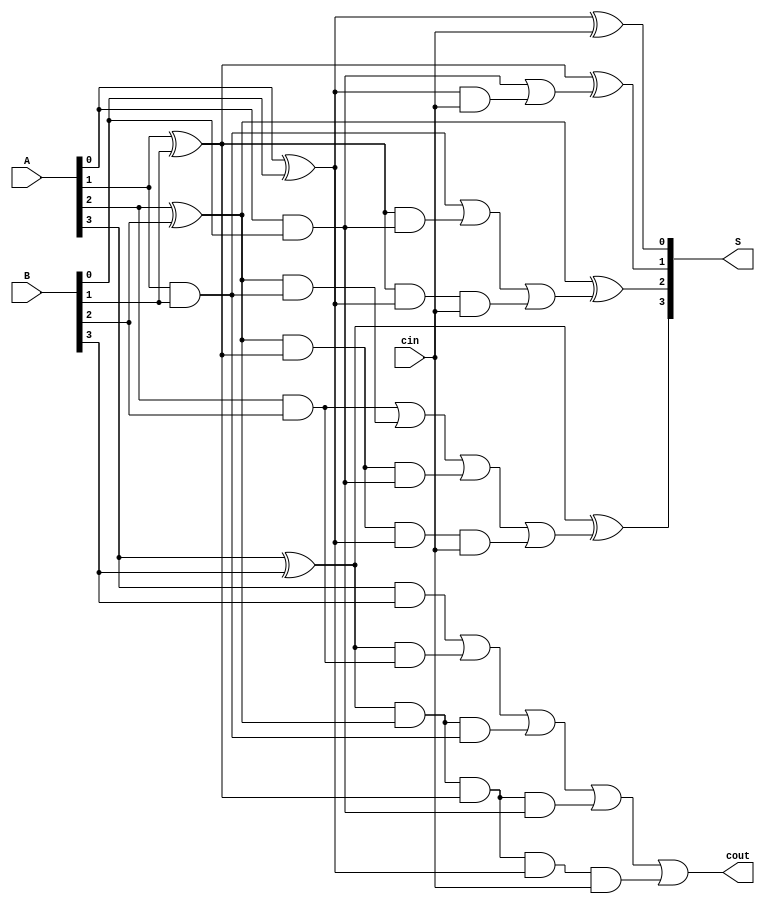
//
//----------------------------------
// Type : module
// Contact : mathewtg.mec@gmail.com
//------------------
//------------------
// Notes :-  4 bit Carry Lookahead Adder - Behavioural Model


module adder4bitcla_beh (S,cout,A,B,cin);
input [3:0]A,B;
input cin;
output [3:0]S;
output cout;

wire p0,g0,p1,g1,p2,g2,p3,g3;
wire c1,c2,c3;

assign p0 = A[0]^B[0],
       p1 = A[1]^B[1],
       p2 = A[2]^B[2],
       p3 = A[3]^B[3];

assign g0 = A[0]&B[0],
       g1 = A[1]&B[1],
       g2 = A[2]&B[2],
       g3 = A[3]&B[3];

assign c1 = g0|(p0&cin),
       c2 = g1|(p1&g0)|(p1&p0&cin),
       c3 = g2|(p2&g1)|(p2&p1&g0)|(p2&p1&p0&cin),
       cout = g3|(p3&g2)|(p3&p2&g1)|(p3&p2&p1&g0)|(p3&p2&p1&p0&cin);

assign S[0] = p0^cin,
       S[1] = p1^c1,
       S[2] = p2^c2,
       S[3] = p3^c3;

endmodule